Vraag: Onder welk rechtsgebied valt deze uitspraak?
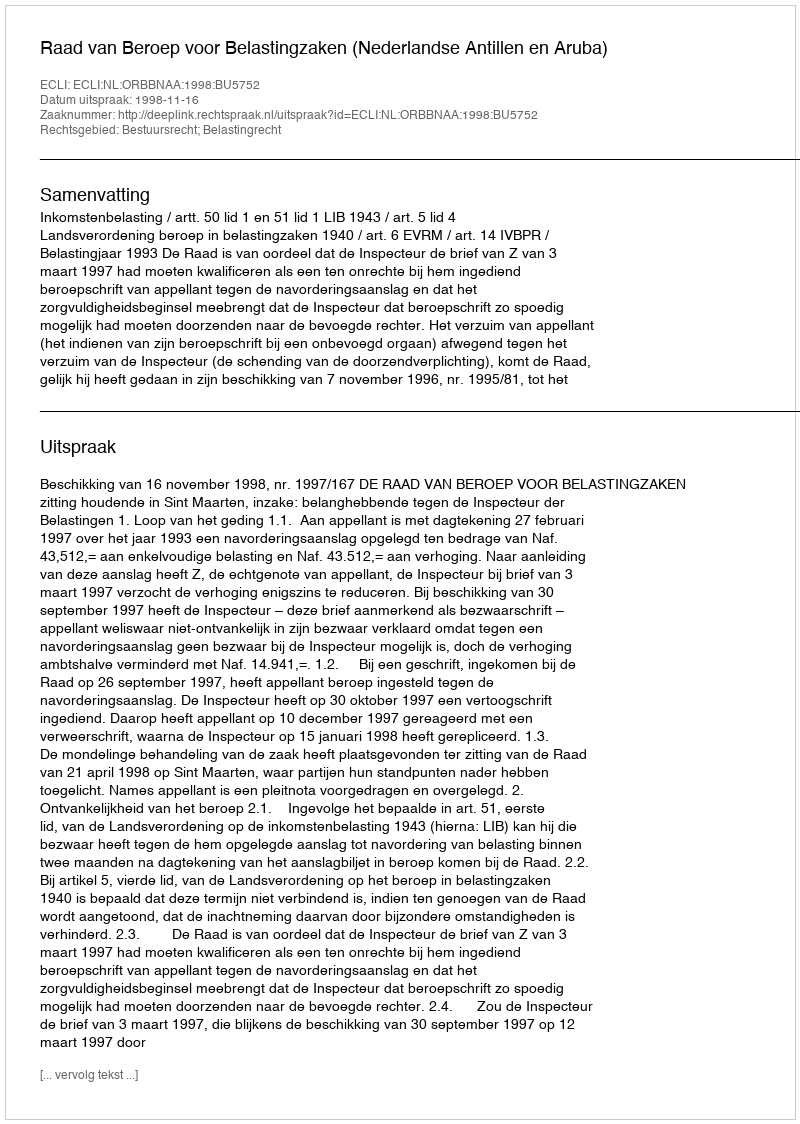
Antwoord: Bestuursrecht; Belastingrecht